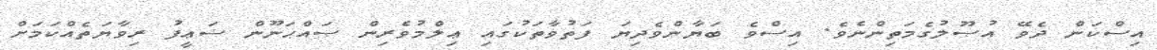
އިސްކަން ދެވޭ އުޞޫލުގެމަތިންނެވެ. އިސްވެ ބަޔާންވެދިޔަ ފަތުވާތަކުގައި ޢިލްމުވެރިން ޞައްޙަނޫން ޟަޢީފު ރިވާޔަތެއްކަމަށް